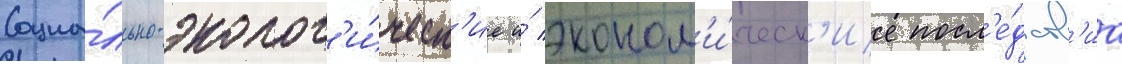
Социа́льно-эколог'и́ческ'ие и́ эконом'и́ческ'ие посл'е́дств'иа